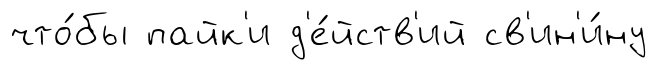
что́бы пайк'и д'е́йств'ий св'ин'и́ну